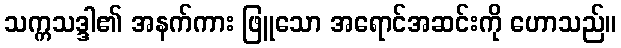
သက္ကသဒ္ဒါ၏ အနက်ကား ဖြူသော အရောင်အဆင်းကို ဟောသည်။